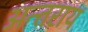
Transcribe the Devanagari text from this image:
अन्तराय